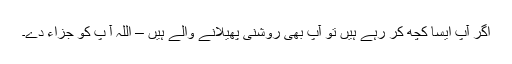
اگر آپ ایسا کچھ کر رہے ہیں تو آپ بھی روشنی پھیلانے والے ہیں – اللہ آ پ کو جزاء دے۔